Document type: Grant
Year: 1310
Scribe: [Unknown]
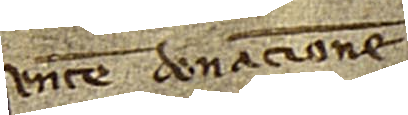
sentem donacionem